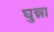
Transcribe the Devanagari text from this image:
घुन्ना